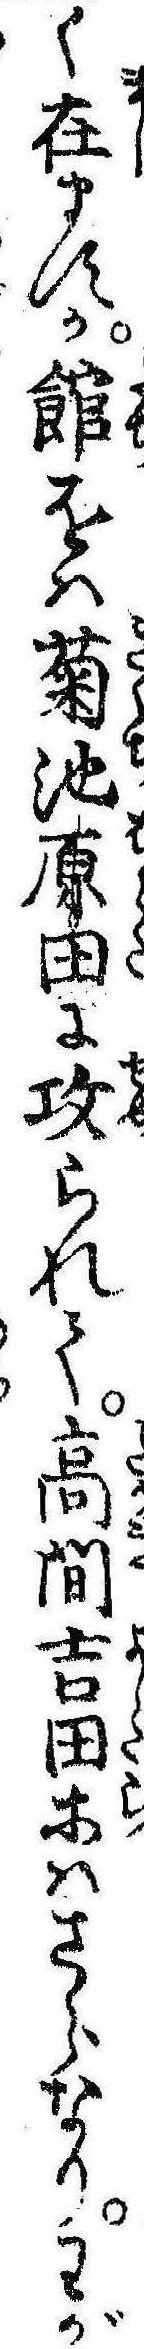
く在ますか館をは菊池原田に攻られて高間吉田等はさらなりわが